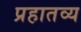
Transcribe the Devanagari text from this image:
प्रहातव्य